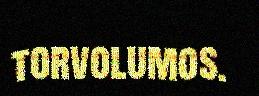
torvolumos.